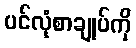
ပင်လုံစာချုပ်ကို